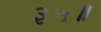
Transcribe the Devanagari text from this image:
३५॥